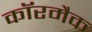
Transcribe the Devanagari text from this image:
कॉरमैक